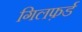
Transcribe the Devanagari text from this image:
गिलफ़र्ड